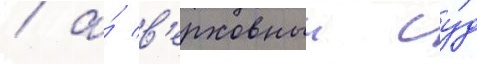
/ а́ в'ерховныи су́д